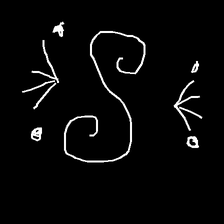
Glyph: aeroform